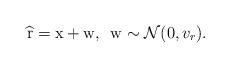
LaTeX: \begin{align*} \widehat{\mathrm{r}}=\mathrm{x}+\mathrm{w}, \:\: \mathrm{w}\sim \mathcal{N}(0,v_r). \end{align*}